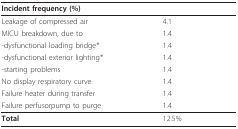
<table><thead><tr><td colspan="2"><b>Incident frequency (%)</b></td></tr></thead><tbody><tr><td>Leakage of compressed air</td><td>4.1</td></tr><tr><td>MICU breakdown, due to</td><td>1.4</td></tr><tr><td>-dysfunctional loading bridge*</td><td>1.4</td></tr><tr><td>-dysfunctional exterior lighting*</td><td>1.4</td></tr><tr><td>-starting problems</td><td>1.4</td></tr><tr><td>No display respiratory curve</td><td>1.4</td></tr><tr><td>Failure heater during transfer</td><td>1.4</td></tr><tr><td>Failure perfusorpump to purge</td><td>1.4</td></tr><tr><td><b>Total</b></td><td>12.5%</td></tr></tbody></table>